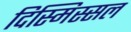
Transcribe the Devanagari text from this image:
दिस्मिस्सल